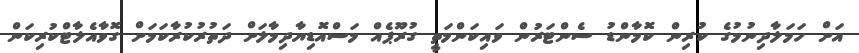
އަށް ހަމަލާދިނުމުގެ ކުރިން ކޮމާންޑު ސެންޓަރުން ވައިކަންމަތީ ގުރޫޕެއް މަސްއޮޑިޔާދިމާލަށް ދަތުރުކުރާކަމަށް ގޮވާއެލާޓްކުރިކަން